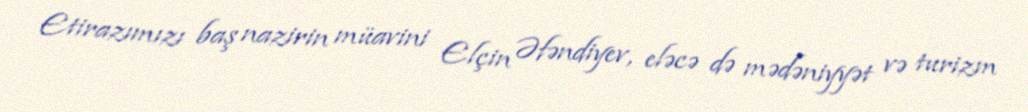
Etirazımızı baş nazirin müavini Elçin Əfəndiyev, eləcə də mədəniyyət və turizm